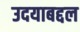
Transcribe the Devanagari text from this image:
उदयाबद्दल